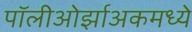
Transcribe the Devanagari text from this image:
पॉलीओर्झाअकमध्ये